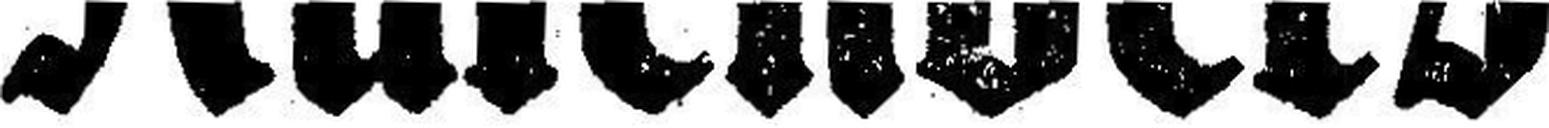
Kalenders